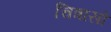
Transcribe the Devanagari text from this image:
चित्रासो